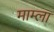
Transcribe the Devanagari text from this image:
माम्ला